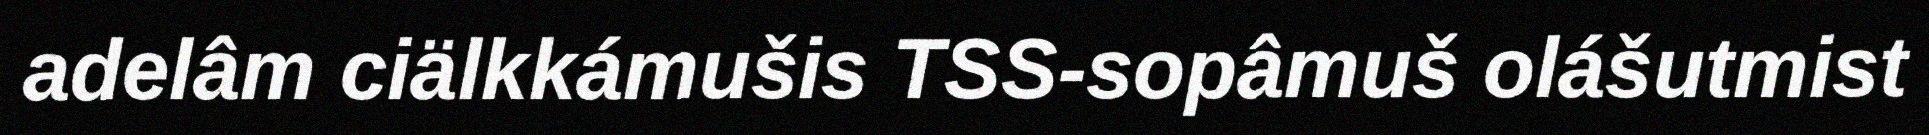
adelâm ciälkkámušis TSS-sopâmuš olášutmist